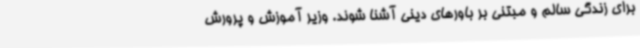
برای زندگی سالم و مبتنی بر باورهای دینی آشنا شوند. وزیر آموزش و پرورش